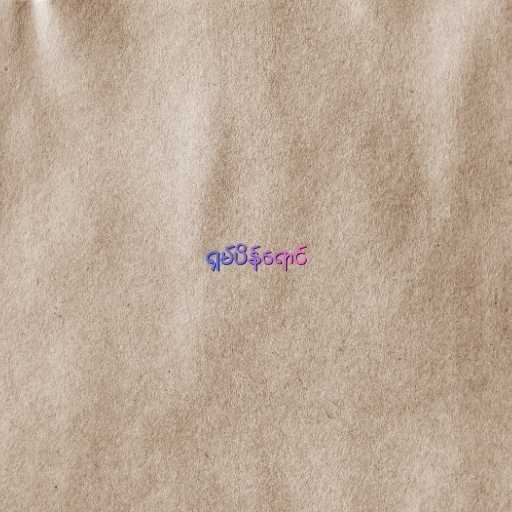
ရှမ်ပိန်ရောင်